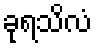
ခုရသိလံ